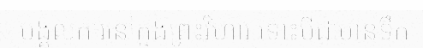
មង្គលការនៅក្នុងព្រះវិហារ ទោះបីជាមានទឹក